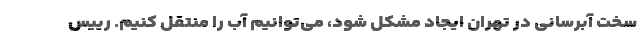
سخت آبرسانی در تهران ایجاد مشکل شود، می‌توانیم آب را منتقل کنیم. رییس